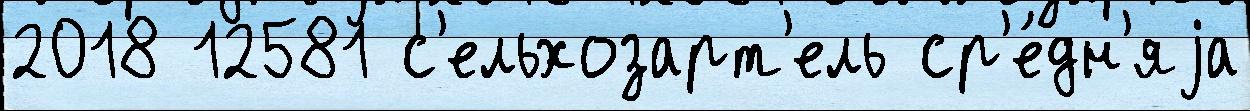
2018 12581 с'ельхозарт'ель ср'е́дн'яjа